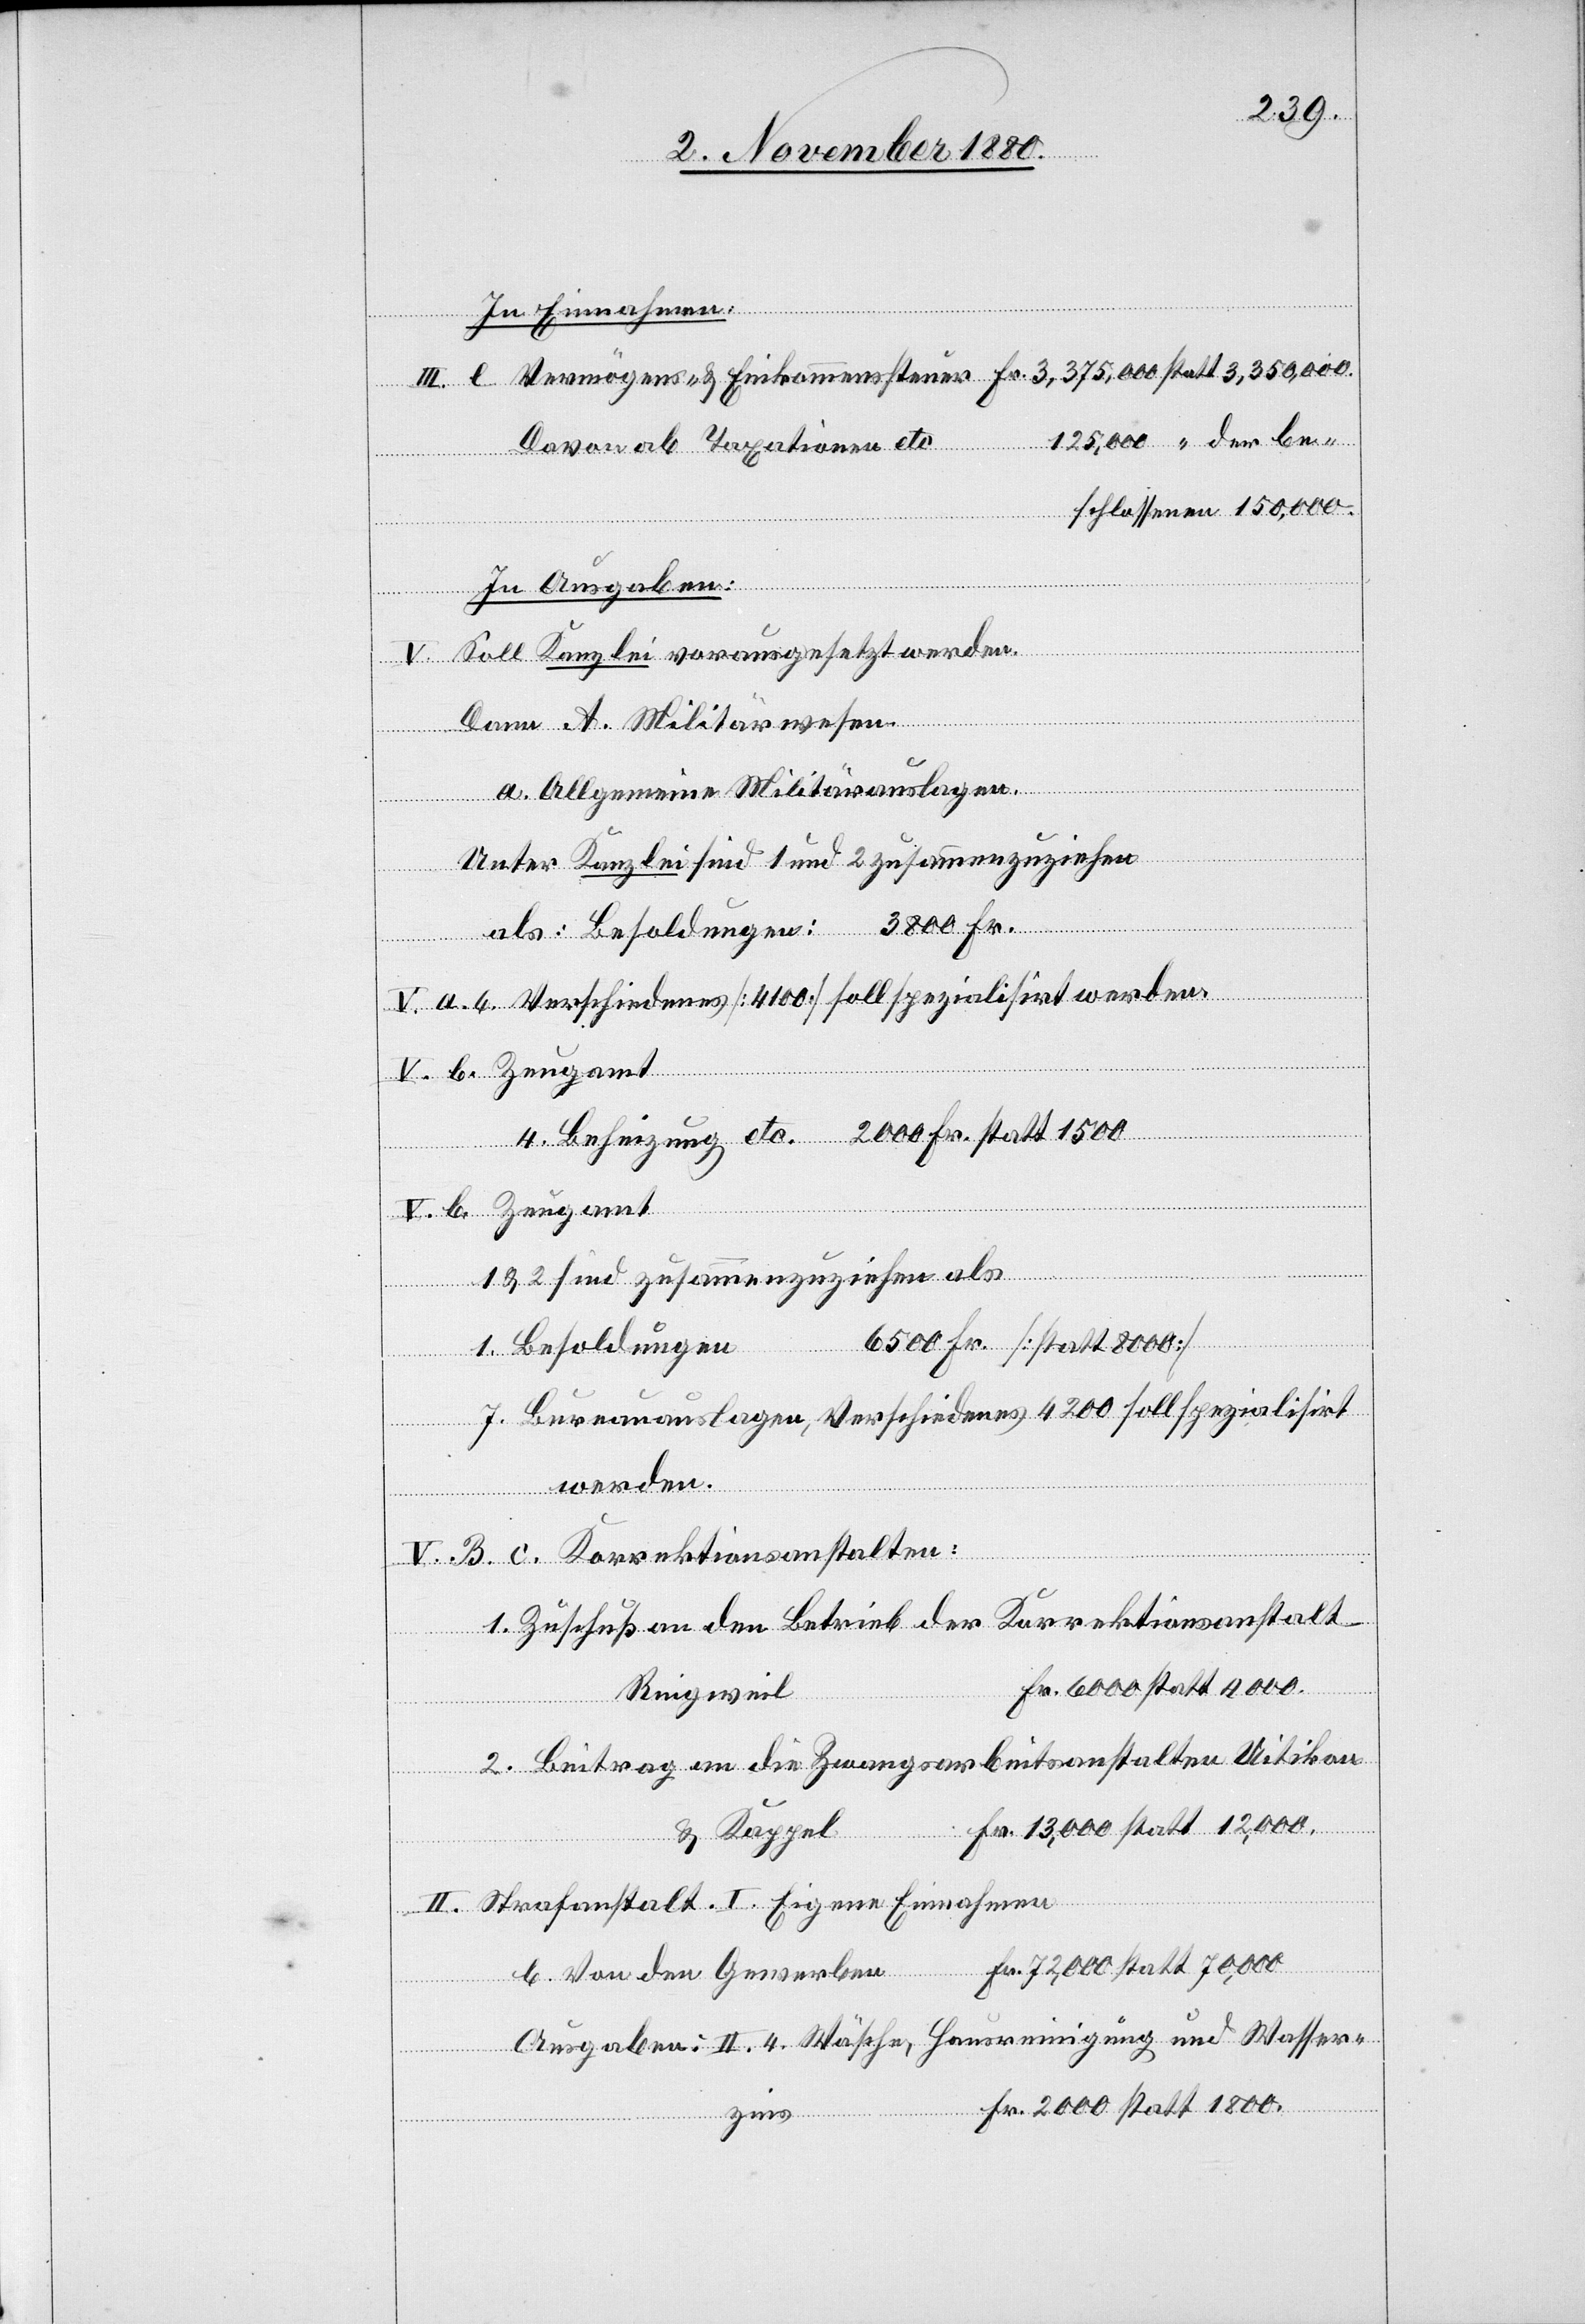
In Einnahmen:
Davon ab Taxation etc.
schlossenen 150,000.
In Ausgaben:
Gewerben
Soll Kanzlei vorausgesetzt werden.
Dann A. Militärwesen.
a. Allgemeine Militärauslagen:
Unter Kanzlei sind 1 und 2 zusammenzuziehen
als: Besoldungen: 3800 Fr.
den
4. Beheizung etc. 2000 Fr. statt 1500
1 & 2 zusammenziehen als
“
6500 Fr. [statt 8000]
1. Besoldungen
stalten:
7. Bureauauslagen, Verschiedenes 4200 soll spezialisirt
werden.
b.
Von
1. Zuschuß an den Betrieb der Korrektionsanstalt
Fr. 6000 statt 4000.
Ringweil
2. Beitrag an die Zwangsarbeitsanstalten Uitikon
Fr. 72,000 statt 70,000
& Kappel
II. Strafanstalt. I. Eigene Einnahmen.
Ausgaben: II. 4. Wäsche, Hausreinigung und Wasser¬
Fr. 2000 statt 1800.
zins